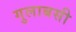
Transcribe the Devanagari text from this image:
गुलाबसी